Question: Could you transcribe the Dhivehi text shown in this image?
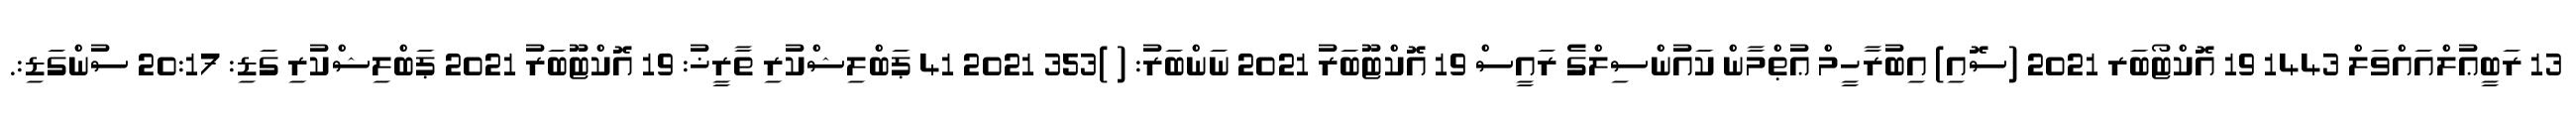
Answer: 13 ރަބީޢުލްއައްވަލް 1443 19 އޮކްޓޯބަރ 2021 (ސޮއި) އިބުރާހީމް ޢުޠްމާން ކައުންސިލްގެ ރައީސް 19 އޮކްޓޫބަރު 2021 ނަންބަރު: ( )353 2021 41 ޕަބްލިޝްކުރި ތާރީޚު: 19 އޮކްޓޫބަރު 2021 ޕަބްލިޝްކުރި ގަޑި: 20:17 ސުންގަޑި:.